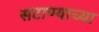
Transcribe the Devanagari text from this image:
सटाण्याच्या